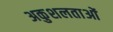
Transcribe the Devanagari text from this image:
अकुशलताओं